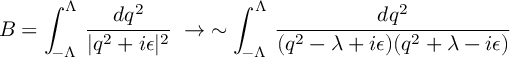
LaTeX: B = \int _ { - \Lambda } ^ { \Lambda } \, { \frac { d q ^ { 2 } } { | q ^ { 2 } + i \epsilon | ^ { 2 } } } \; \to \; \sim \int _ { - \Lambda } ^ { \Lambda } \, { \frac { d q ^ { 2 } } { ( q ^ { 2 } - \lambda + i \epsilon ) ( q ^ { 2 } + \lambda - i \epsilon ) } }